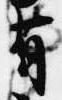
有